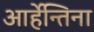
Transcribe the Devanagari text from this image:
आर्हेन्तिना